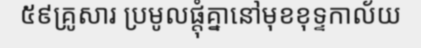
៥៩គ្រូសារ ប្រមូលផ្តុំគ្នានៅមុខខុទ្ទកាល័យ